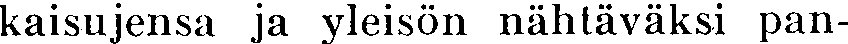
kaisujensa ja yleisön nähtäväksi pan-